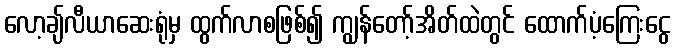
လော့ချ်လီယာဆေးရုံမှ ထွက်လာစဖြစ်၍ ကျွန်တော့်အိတ်ထဲတွင် ထောက်ပံ့ကြေးငွေ